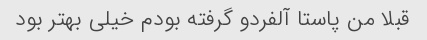
قبلا من پاستا آلفردو گرفته بودم خیلی بهتر بود